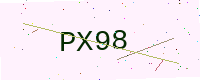
Text: PX98